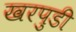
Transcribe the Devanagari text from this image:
खरपुडी